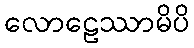
လောဠေဿာမိပိ